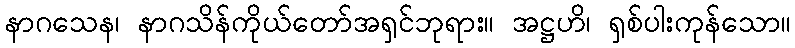
နာဂသေန၊ နာဂသိန်ကိုယ်တော်အရှင်ဘုရား။ အဋ္ဌဟိ၊ ရှစ်ပါးကုန်သော။